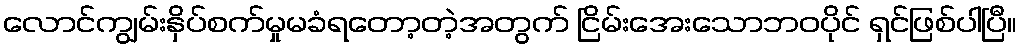
လောင်ကျွမ်းနှိပ်စက်မှုမခံရတော့တဲ့အတွက် ငြိမ်းအေးသောဘဝပိုင် ရှင်ဖြစ်ပါပြီ။